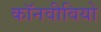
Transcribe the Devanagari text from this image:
कॉनवीवियो